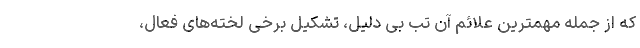
که از جمله مهمترین علائم آن تب بی دلیل، تشکیل برخی لخته‌های فعال،